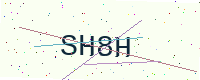
Text: SH8H